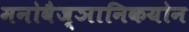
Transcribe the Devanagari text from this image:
मनोवैज्ञानिकयोन